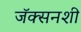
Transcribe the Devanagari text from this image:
जॅक्सनशी